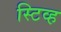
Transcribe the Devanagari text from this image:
स्टिव्ह